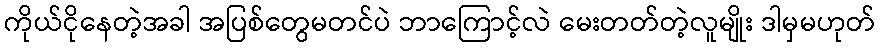
ကိုယ်ငိုနေတဲ့အခါ အပြစ်တွေမတင်ပဲ ဘာကြောင့်လဲ မေးတတ်တဲ့လူမျိုး ဒါမှမဟုတ်